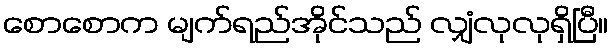
စောစောက မျက်ရည်အိုင်သည် လျှံလုလုရှိပြီ။